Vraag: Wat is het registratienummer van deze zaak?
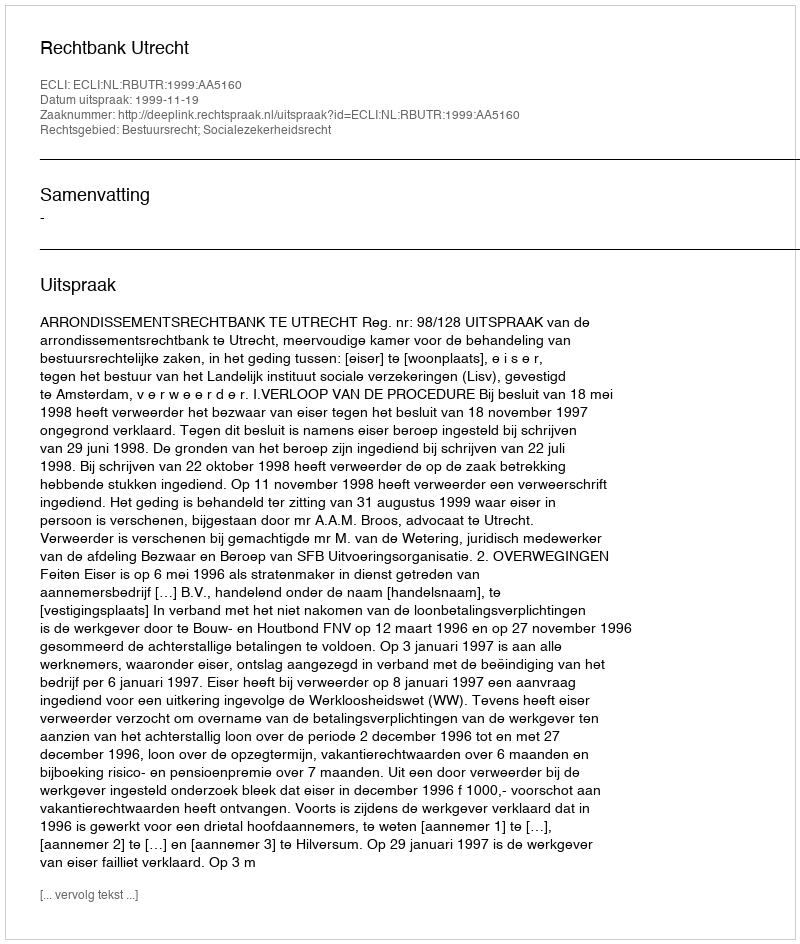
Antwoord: http://deeplink.rechtspraak.nl/uitspraak?id=ECLI:NL:RBUTR:1999:AA5160